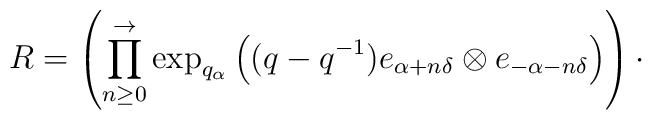
R=\left(\prod_{n\geq 0}^{\rightarrow} \exp_{q_{\alpha}}\left( (q-q^{-1})e_{\alpha+n\delta} \otimes e_{-\alpha-n\delta}\right)\right)\cdot